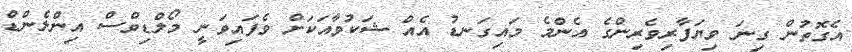
އެގޮތުން ގިނަ ވިޔަފާރިވެރިންގެ އެންމެ މައިގަނޑު އެއް ޝަކުވާއަކަށް ވެފައިވަނީ މޯލްޑިވްސް އިންލެންޑް